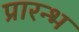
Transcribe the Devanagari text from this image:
प्रारन्भ